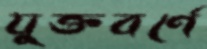
যুক্তবর্ণে